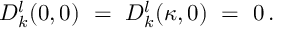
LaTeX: D _ { k } ^ { l } ( 0 , 0 ) \ = \ D _ { k } ^ { l } ( \kappa , 0 ) \ = \ 0 \, .